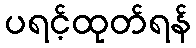
ပရင့်ထုတ်ရန်